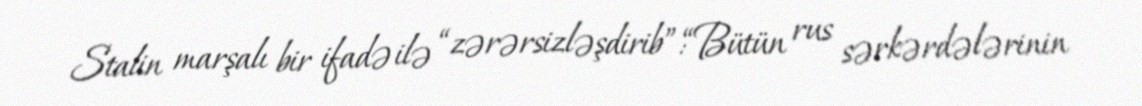
Stalin marşalı bir ifadə ilə “zərərsizləşdirib”:“Bütün rus sərkərdələrinin